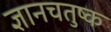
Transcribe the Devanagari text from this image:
ज्ञानचतुष्क